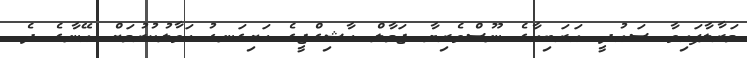
މަރާލާފައިވާ ސައުދީ އަރަބިއާގެ ނޫސްވެރިޔާ ޖަމާލް ހާޝިގްޖީގެ ހަށިގަނޑު ހަވާލުކުރުމަށް އޭނާގެ ދެ